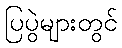
ပြပွဲများတွင်